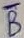
Text: B